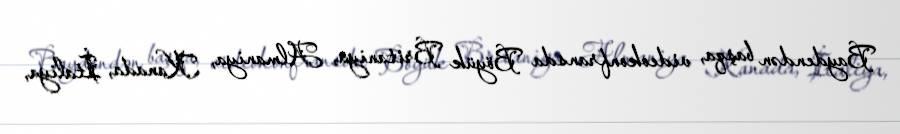
Baydendən başqa, videokonfransda Böyük Britaniya, Almaniya, Kanada, İtaliya,